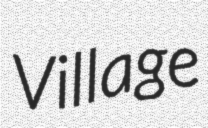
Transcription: Village